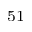
^ { 5 1 }